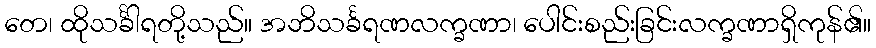
တေ၊ ထိုသင်္ခါရတို့သည်။ အဘိသင်္ခရဏလက္ခဏာ၊ ပေါင်းစည်းခြင်းလက္ခဏာရှိကုန်၏။